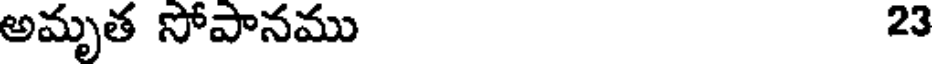
అమృత సోపానము 23